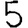
Digit: 5